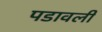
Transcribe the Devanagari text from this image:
पडावली